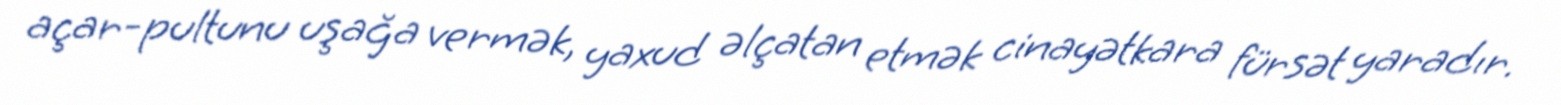
açar-pultunu uşağa vermək, yaxud əlçatan etmək cinayətkara fürsət yaradır.